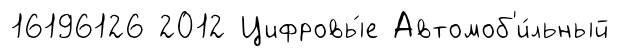
16196126 2012 Цифровы́е Автомоб'и́льный